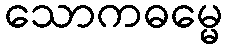
သောကဓမ္မေ